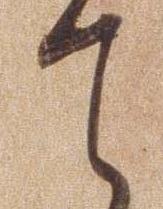
て